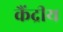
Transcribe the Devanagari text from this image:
कैंद्रीय